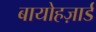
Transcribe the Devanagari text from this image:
बायोहज़ार्ड